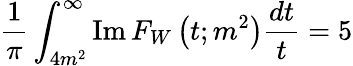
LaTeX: \frac{1}{\pi}\int_{4m^{2}}^{\infty}\mathrm{Im}\, F_{W}\left(t;m^{2}\right)\frac{dt}{t}=5